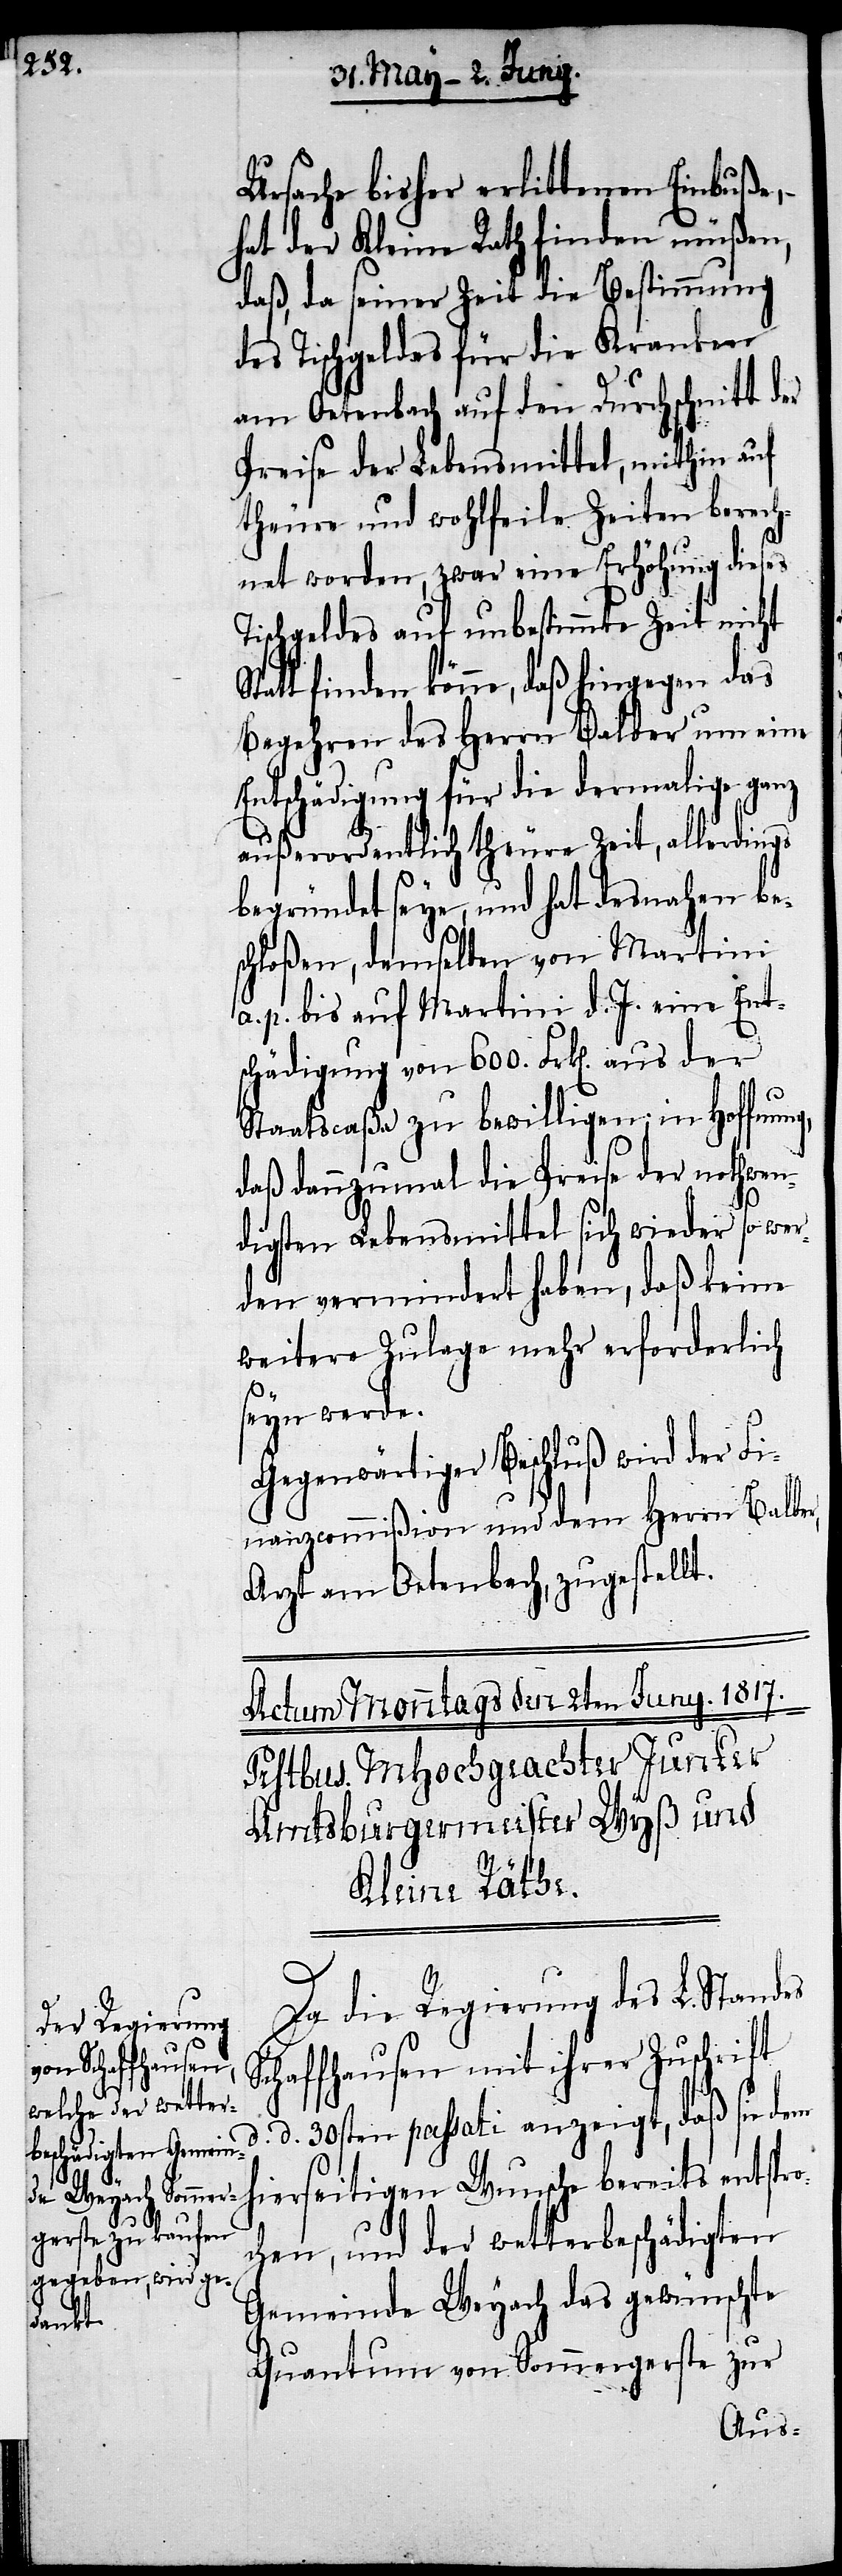
d.

Ursache bisher erlittenen Einbuße,
hat der Kleine Rath finden müßen,
daß, da seiner Zeit die Bestimmung
des Tischgeldes für die Kranken
am Oetenbach auf den Durchschnitt der
Preise der Lebensmittel, mithin auf
theure und wohlfeile Zeiten berech¬
net worden, zwar eine Erhöhung dieses
Tischgeldes auf unbestimmte Zeit nicht
Statt finden könne, daß hingegen das
Begehren des Herrn Balber um eine
Entschädigung für die dermalige ganz
außerordentlich theure Zeit, allerdings
begründet seye, und hat desnahen be¬
schloßen, demselben von Martini
a. p. bis auf Martini d. J. eine Ent¬
schädigung von 600. Frk[en]. aus der
Staatscaßa zu bewilligen; in Hoffnung,
daß dannzumal die Preise der nothwen¬
digsten Lebensmittel sich wieder so wer¬
den vermindert haben, daß keine
weitere Zulage mehr erforderlich
seyn werde.
Gegenwärtiger Beschluß wird der Fi¬
nanzcommißion und dem Herrn Balber,
Arzt am Oetenbach, zugestellt.
Da die Regierung des L. Standes
Schaffhausen mit ihrer Zuschrift
d. 30sten passati anzeigt, daß sie dem
hierseitigen Wunsche bereits entspro¬
chen, und der wetterbeschädigten
Gemeinde Weyach das gewünschte
Quantum von Sommergerste zur